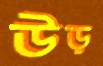
উড়